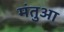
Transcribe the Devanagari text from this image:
मंतुआ